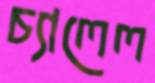
চ্যালেল